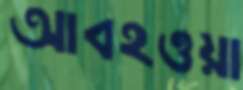
আবহওয়া